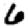
Digit: 6